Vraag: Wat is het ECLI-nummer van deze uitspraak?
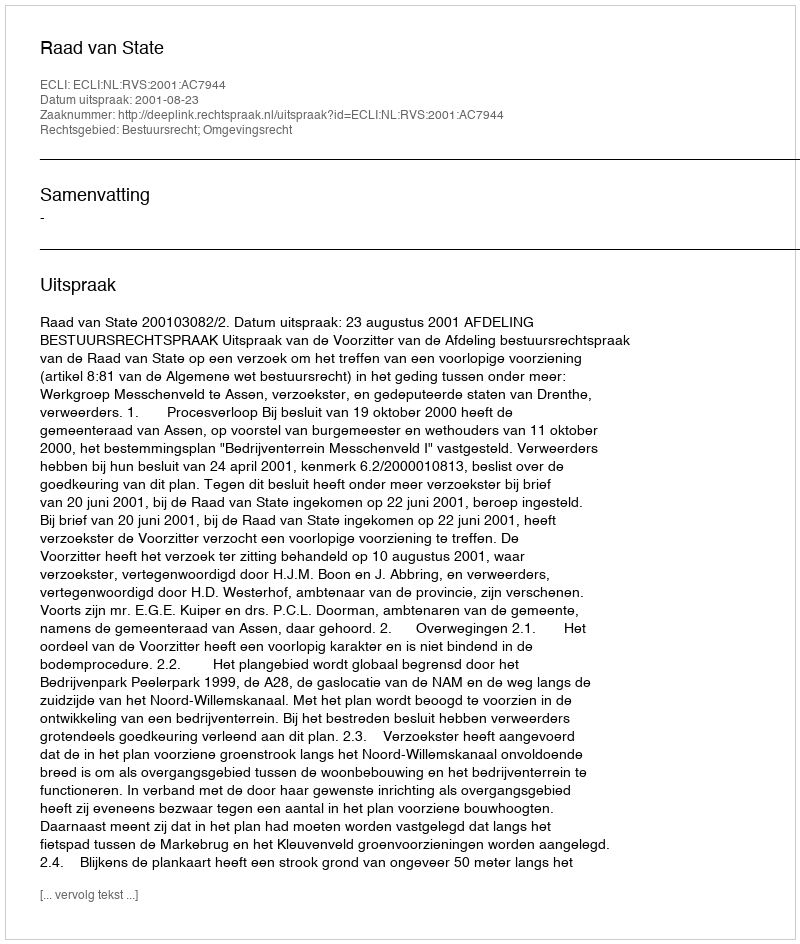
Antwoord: ECLI:NL:RVS:2001:AC7944